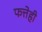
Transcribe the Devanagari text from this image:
फत्तेही